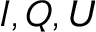
I , Q , U